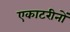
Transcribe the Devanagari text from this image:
एकाटरीनों